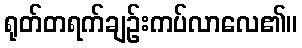
ရုတ်တရက်ချဉ်းကပ်လာလေ၏။